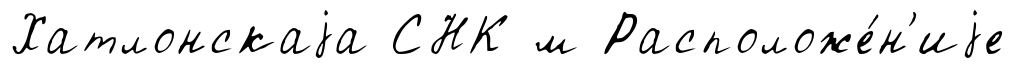
Хатлонскаjа СНК м Расположе́н'иjе